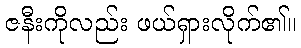
ဇနီးကိုလည်း ဖယ်ရှားလိုက်၏။